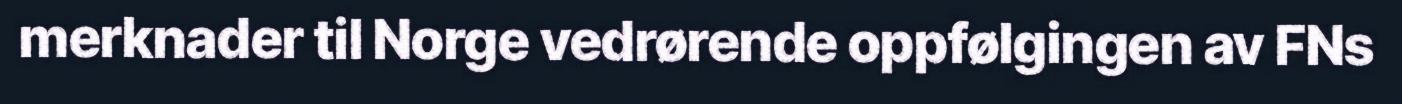
merknader til Norge vedrørende oppfølgingen av FNs